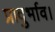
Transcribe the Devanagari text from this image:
प्रादुर्भाव।